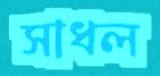
সাধল